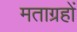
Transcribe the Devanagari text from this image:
मताग्रहों